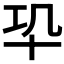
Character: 𠦕